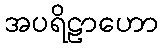
အပရိဠာဟော